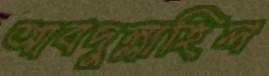
আবদুল্লাহিল